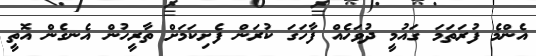
އެންމެ ފުރަތަމަ ގައުމީ ދުވަހެއް ފާހަގަ ކުރަން ފެށިކަމަށް ތާރީހުން އެނގެން އޮތީ